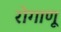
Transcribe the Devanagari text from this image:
रोगाणू